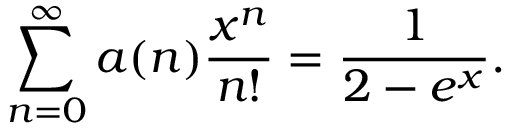
\sum _ { n = 0 } ^ { \infty } a ( n ) { \frac { x ^ { n } } { n ! } } = { \frac { 1 } { 2 - e ^ { x } } } .